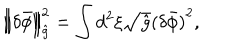
\left\| \delta { \bar { \phi } } \right\| _ { \hat { g } } ^ { 2 } = \int { d ^ { 2 } } \xi \sqrt { \hat { g } } { { ( \delta { \bar { \phi } } ) } ^ { 2 } } ,